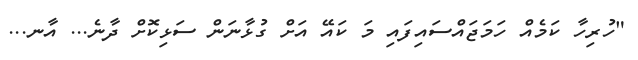
"ހުރިހާ ކަމެއް ހަމަޖައްސައިފައި މަ ކައޭ އަށް ގުޅާނަން ސަޅިކޮށް ދާނެ... އާނ...